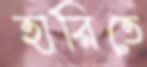
হারিতে